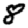
Digit: 8